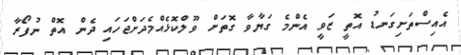
އެއިސްތަށިގަނޑު އޮތީ ޒަވީ އެންމެ ގަޔާވާ ގޮތަށް ވޫލްކޮޅެއްމެދަށްޖަހައި ދެން އޮތް ނުފޯރާ